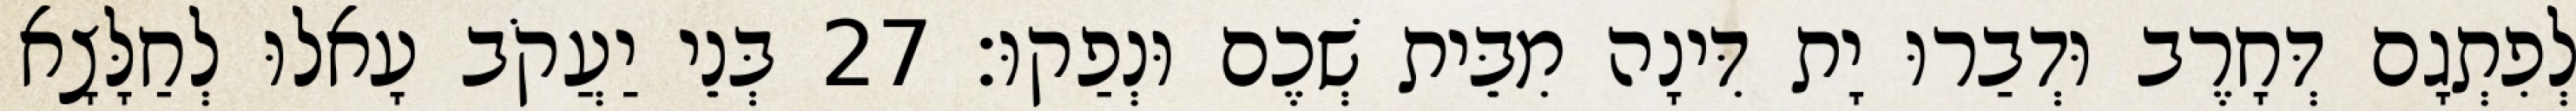
לְפִתְגָם דְּחָרֶב וּדְבַרוּ יָת דִּינָה מִבֵּית שְׁכֶם וּנְפַקוּ׃ 27 בְּנֵי יַעֲקֹב עָאלוּ לְחַלָּצָא